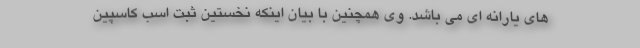
های یارانه ای می باشد. وی همچنین با بیان اینکه نخستین ثبت اسب کاسپین